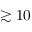
\gtrsim 1 0